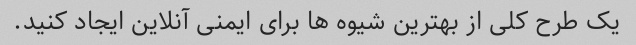
یک طرح کلی از بهترین شیوه ها برای ایمنی آنلاین ایجاد کنید.